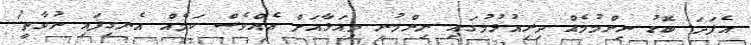
އެފަދަ ބޮޑު ނިންމުމެއް ދިރިއުޅުމުގައި ނިންމުނީ މިއަޅާއަށް އެއްވެސް ކަމެއް އެނގިފައި ނުވާތީ!